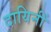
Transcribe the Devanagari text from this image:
दायिनीं